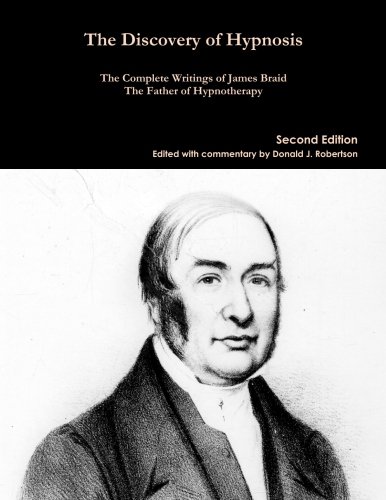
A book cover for The Discovery of Hypnosis: The Complete Writings of James Braid, the Father of Hypnotherapy; James Braid; Health, Fitness & Dieting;